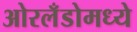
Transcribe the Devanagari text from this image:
ओरलँडोमध्ये